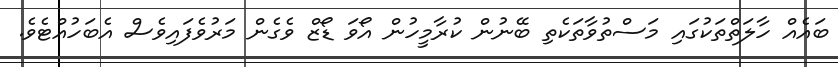
ބައެއް ހާލަތްތަކުގައި މަސްތުވާތަކެތި ބޭނުން ކުރާމީހުން އޯވަ ޑޯޒް ވެގެން މަރުވެފައިވެސް އެބަހުއްޓެވެ.